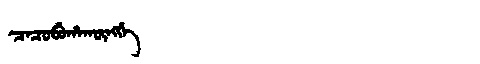
Manchu: ᠴᠠᠴᡠᠪᡠᡥᠠᡴᡡᠩᡤᡝ
Romanization: CACUBUHAKŪNGGE